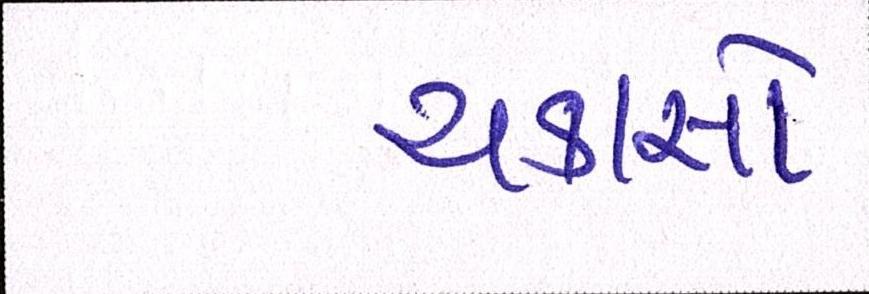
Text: ચકાસો